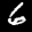
Label: 6